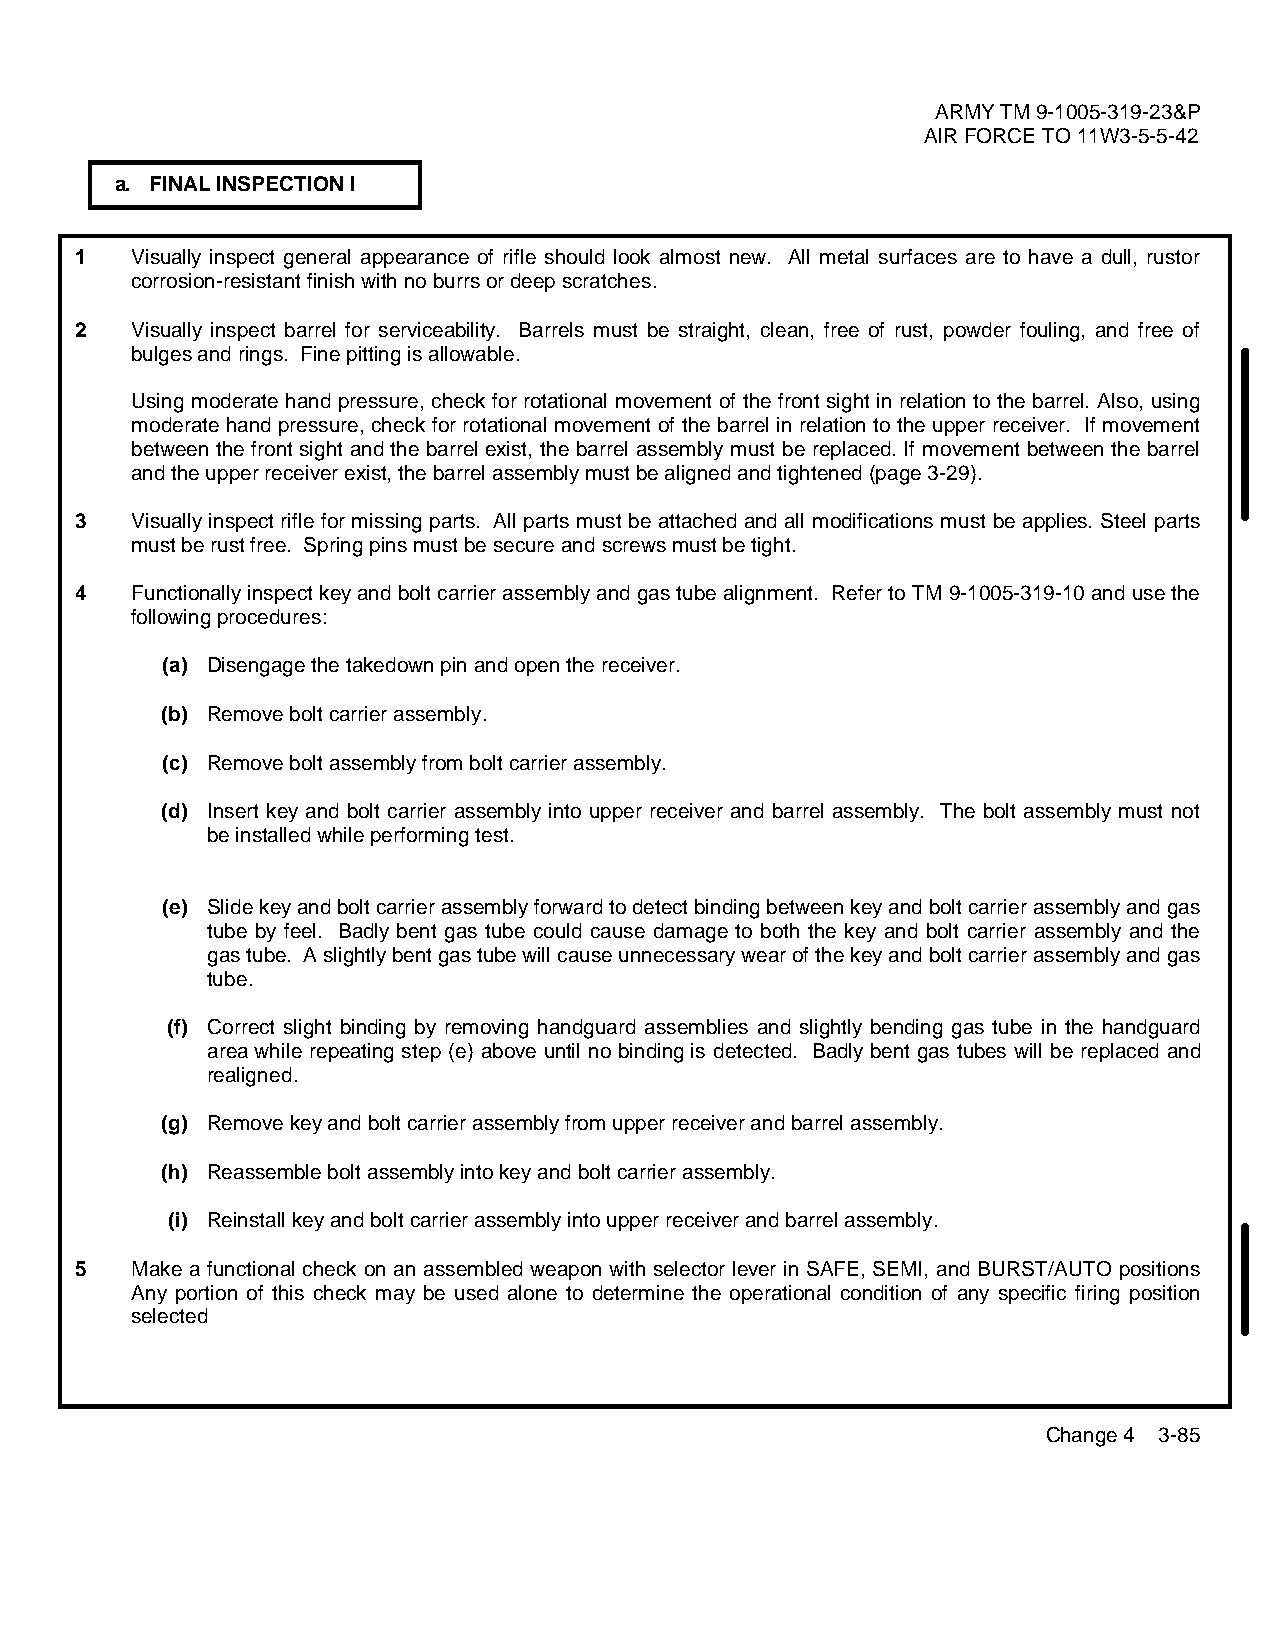
ARMY TM 9-1005-319-23&P
 AIR FORCE TO 11W3-5-5-42
 a. FINAL INSPECTION I
 1   Visually inspect general appearance of rifle should look almost new. All metal surfaces are to have a dull, rustor
 corrosion-resistant finish with no burrs or deep scratches.
 2   Visually inspect barrel for serviceability. Barrels must be straight, clean, free of rust, powder fouling, and free of
 bulges and rings. Fine pitting is allowable.
 Using moderate hand pressure, check for rotational movement of the front sight in relation to the barrel. Also, using
 moderate hand pressure, check for rotational movement of the barrel in relation to the upper receiver. If movement
 between the front sight and the barrel exist, the barrel assembly must be replaced. If movement between the barrel
 and the upper receiver exist, the barrel assembly must be aligned and tightened (page 3-29).
 3   Visually inspect rifle for missing parts. All parts must be attached and all modifications must be applies. Steel parts
 must be rust free. Spring pins must be secure and screws must be tight.
 4   Functionally inspect key and bolt carrier assembly and gas tube alignment. Refer to TM 9-1005-319-10 and use the
 following procedures:
 (a) Disengage the takedown pin and open the receiver.
 (b) Remove bolt carrier assembly.
 (c) Remove bolt assembly from bolt carrier assembly.
 (d) Insert key and bolt carrier assembly into upper receiver and barrel assembly. The bolt assembly must not
 be installed while performing test.
 (e) Slide key and bolt carrier assembly forward to detect binding between key and bolt carrier assembly and gas
 tube by feel. Badly bent gas tube could cause damage to both the key and bolt carrier assembly and the
 gas tube. A slightly bent gas tube will cause unnecessary wear of the key and bolt carrier assembly and gas
 tube.
 (f) Correct slight binding by removing handguard assemblies and slightly bending gas tube in the handguard
 area while repeating step (e) above until no binding is detected. Badly bent gas tubes will be replaced and
 realigned.
 (g) Remove key and bolt carrier assembly from upper receiver and barrel assembly.
 (h) Reassemble bolt assembly into key and bolt carrier assembly.
 (i) Reinstall key and bolt carrier assembly into upper receiver and barrel assembly.
 5   Make a functional check on an assembled weapon with selector lever in SAFE, SEMI, and BURST/AUTO positions
 Any portion of this check may be used alone to determine the operational condition of any specific firing position
 selected
 Change 4 3-85